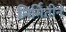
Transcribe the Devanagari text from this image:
निर्मितीने